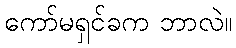
ကော်မရှင်ခက ဘာလဲ။